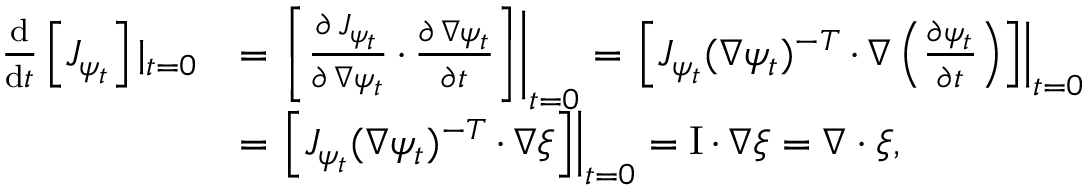
\begin{array} { r l } { \frac { \mathrm { d } } { \mathrm { d } t } \left[ J _ { \psi _ { t } } \right] | _ { t = 0 } } & { = \left. \left[ \frac { \partial \, J _ { \psi _ { t } } } { \partial \, \nabla \psi _ { t } } \, { \cdot } \, \frac { \partial \, \nabla \psi _ { t } } { \partial t } \right] \right| _ { t = 0 } = \left. \left[ J _ { \psi _ { t } } ( \nabla \psi _ { t } ) ^ { - T } \, { \cdot } \, \nabla \left( \frac { \partial \psi _ { t } } { \partial t } \right) \right] \right| _ { t = 0 } } \\ & { = \left. \left[ J _ { \psi _ { t } } ( \nabla \psi _ { t } ) ^ { - T } \, { \cdot } \, \nabla \xi \right] \right| _ { t = 0 } = \mathrm { I } \, { \cdot } \, \nabla \xi = \nabla \cdot \xi , } \end{array}